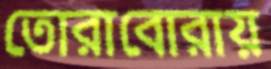
তোরাবোরায়